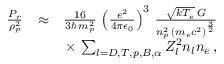
\begin{array} { r l r } { \frac { P _ { r } } { \rho _ { p } ^ { 2 } } } & { \approx } & { \frac { 1 6 } { 3 \hbar \, m _ { p } ^ { 2 } } \, \left( \frac { e ^ { 2 } } { 4 \pi \epsilon _ { 0 } } \right) ^ { 3 } \, \frac { \sqrt { k T _ { e } } \, G } { n _ { p } ^ { 2 } \, \left( m _ { e } c ^ { 2 } \right) ^ { \frac { 3 } { 2 } } } } \\ & { } & { \times \, \sum _ { l = D , T , p , B , \alpha } Z _ { l } ^ { 2 } n _ { l } n _ { e } \, , } \end{array}